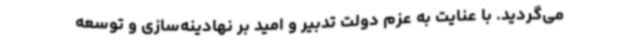
می‌گردید. با عنایت به عزم دولت تدبیر و امید بر نهادینه‌سازی و توسعه